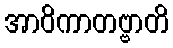
အာဝိကာတဗ္ဗာတိ